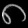
Digit: ၈